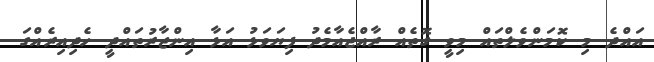
އައްދެ މި ކޮމަންވެލްތައް މިވީ ގޮތެއް ރާއްޖެއާމެދު ފިޔަވަޅު އަޅާ އިންޒާރުތައްދީ ހެދިއިރެއްގަ